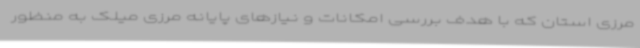
مرزی استان که با هدف بررسی امکانات و نیازهای پایانه مرزی میلک به منظور